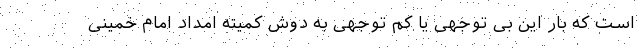
است که بار این بی توجهی یا کم توجهی به دوش کمیته امداد امام خمینی